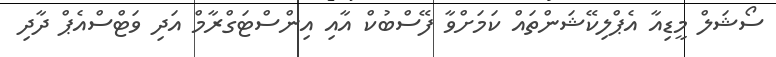
ސޯޝަލް މީޑިއާ އެޕްލިކޭޝަންތައް ކަމަށްވާ ފޭސްބުކް އާއި އިންސްޓަގްރާމް އަދި ވަޓްސްއެޕް ދާދި